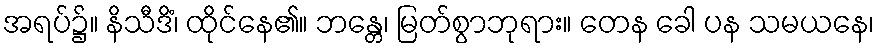
အရပ်၌။ နိသီဒိံ၊ ထိုင်နေ၏။ ဘန္တေ၊ မြတ်စွာဘုရား။ တေန ခေါ ပန သမယနေ၊